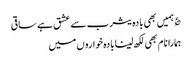
؏ ہمیں بھی بادہ یثرب سے عشق ہے ساقی
ہمارا نام بھی لکھ لینا بادہ خواروں میں